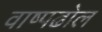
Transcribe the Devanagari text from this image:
वाष्पढोल